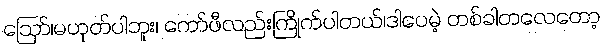
ဪ၊မဟုတ်ပါဘူး၊ ကော်ဖီလည်းကြိုက်ပါတယ်၊ဒါပေမဲ့ တစ်ခါတလေတော့